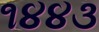
૧૪૪૩